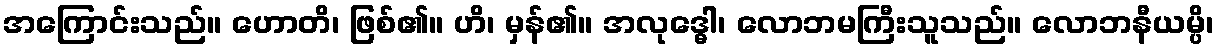
အကြောင်းသည်။ ဟောတိ၊ ဖြစ်၏။ ဟိ၊ မှန်၏။ အလုဒ္ဓေါ၊ လောဘမကြီးသူသည်။ လောဘနီယမ္ပိ၊